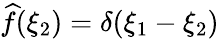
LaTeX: {\widehat{f}}(\xi_{2})=\delta(\xi_{1}-\xi_{2})